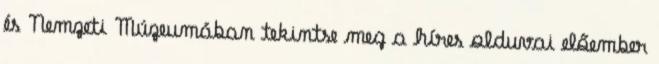
és Nemzeti Múzeumában tekintse meg a híres olduvai előember